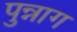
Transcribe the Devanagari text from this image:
पुन्नाग